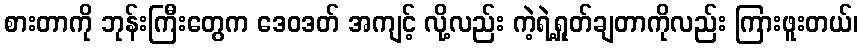
စားတာကို ဘုန်းကြီးတွေက ဒေဝဒတ် အကျင့် လို့လည်း ကဲ့ရဲ့ရှုတ်ချတာကိုလည်း ကြားဖူးတယ်၊